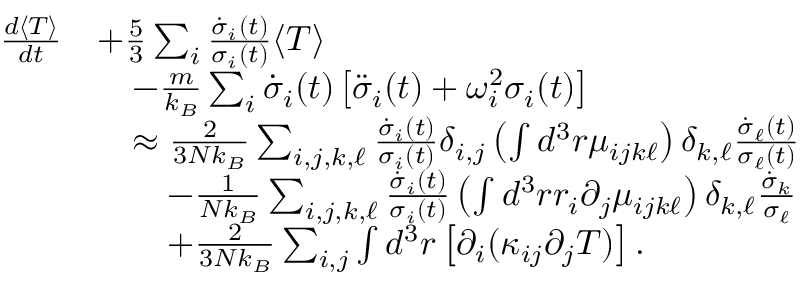
\begin{array} { r l } { \frac { d \langle T \rangle } { d t } } & { + \frac { 5 } { 3 } \sum _ { i } \frac { \dot { \sigma } _ { i } ( t ) } { \sigma _ { i } ( t ) } \langle T \rangle } \\ & { \quad - \frac { m } { k _ { B } } \sum _ { i } \dot { \sigma } _ { i } ( t ) \left[ \ddot { \sigma } _ { i } ( t ) + \omega _ { i } ^ { 2 } \sigma _ { i } ( t ) \right] } \\ & { \quad \approx \frac { 2 } { 3 N k _ { B } } \sum _ { i , j , k , \ell } \frac { \dot { \sigma } _ { i } ( t ) } { \sigma _ { i } ( t ) } \delta _ { i , j } \left( \int d ^ { 3 } r \mu _ { i j k \ell } \right) \delta _ { k , \ell } \frac { \dot { \sigma } _ { \ell } ( t ) } { \sigma _ { \ell } ( t ) } } \\ & { \quad \quad - \frac { 1 } { N k _ { B } } \sum _ { i , j , k , \ell } \frac { \dot { \sigma } _ { i } ( t ) } { \sigma _ { i } ( t ) } \left( \int d ^ { 3 } r r _ { i } \partial _ { j } \mu _ { i j k \ell } \right) \delta _ { k , \ell } \frac { \dot { \sigma } _ { k } } { \sigma _ { \ell } } } \\ & { \quad \quad + \frac { 2 } { 3 N k _ { B } } \sum _ { i , j } \int d ^ { 3 } r \left[ \partial _ { i } ( \kappa _ { i j } \partial _ { j } T ) \right] . } \end{array}